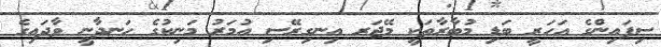
ސިފައިންގެ އަހަރީ ބަޑި މުބާރާތަކީ މޭޖަރ އިނގިރޭސި އުމަރު މަނިކުގެ ހަނދާނީ ވާދައިގެ